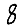
Digit: 8